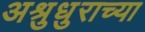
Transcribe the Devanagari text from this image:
अश्रुधुराच्या